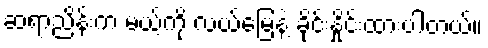
ဆရာညိန်းက မယ့်ကို လယ်မြေနဲ့ ခိုင်းနှိုင်းထားပါတယ်။